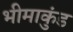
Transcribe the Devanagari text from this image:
भीमाकुंड